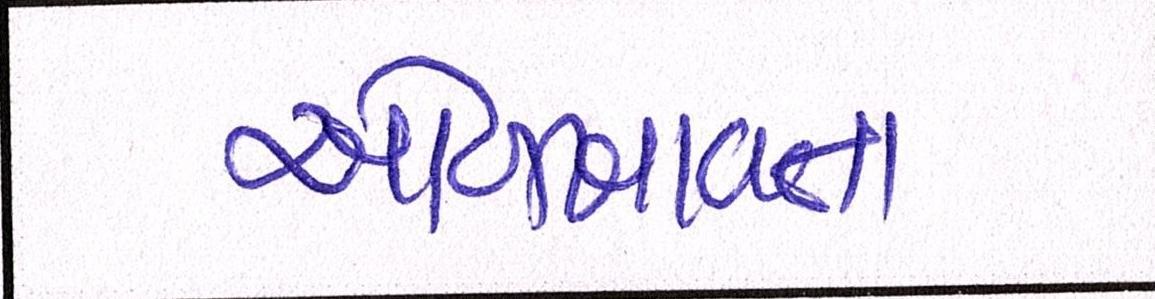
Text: ઓળખાવતા